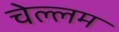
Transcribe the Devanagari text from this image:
चेल्लम